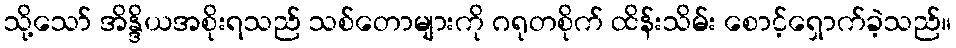
သို့သော် အိန္ဒိယအစိုးရသည် သစ်တောများကို ဂရုတစိုက် ထိန်းသိမ်း စောင့်ရှောက်ခဲ့သည်။